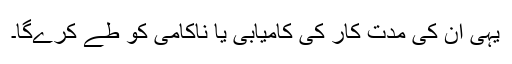
یہی ان کی مدت کار کی کامیابی یا ناکامی کو طے کرے‌گا۔